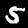
Digit: 5